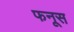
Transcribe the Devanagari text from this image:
फनूस